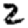
Digit: 2